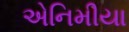
એનિમીયા